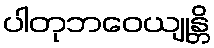
ပါတုဘဝေယျုန္တိ